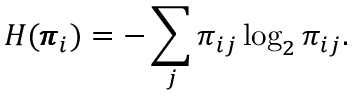
H ( \pmb { \pi } _ { i } ) = - \sum _ { j } \pi _ { i j } \log _ { 2 } \pi _ { i j } .